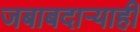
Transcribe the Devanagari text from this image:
जबाबदार्‍याही